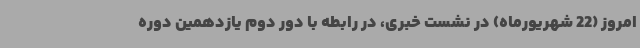
امروز (22 شهریورماه) در نشست خبری، در رابطه با دور دوم یازدهمین دوره